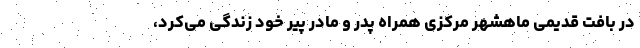
در بافت قدیمی ماهشهر مرکزی همراه پدر و مادر پیر خود زندگی می‌کرد،